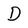
Character: D